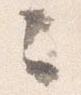
々